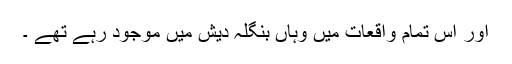
اور اس تمام واقعات میں وہاں بنگلہ دیش میں موجود رہے تھے ۔